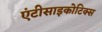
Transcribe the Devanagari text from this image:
एंटीसाइकोटिक्स